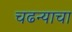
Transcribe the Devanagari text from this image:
चढन्याचा